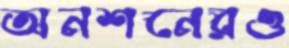
অনশনেরও